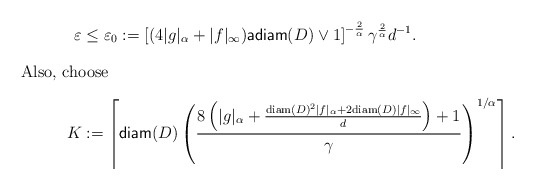
\begin{align*} \varepsilon&\leq \varepsilon_0:=\left[(4|g|_\alpha+|f|_{\infty}){\sf adiam}(D)\vee 1\right]^{-\frac{2}{\alpha}}\gamma^{\frac{2}{\alpha}}d^{-1}. \\ \intertext{Also, choose} K &:= \left\lceil {\sf diam}(D)\left(\frac{8\left(|g|_\alpha+\frac{{\rm diam}(D)^2|f|_\alpha+2{\rm diam}(D)|f|_\infty}{d}\right)+1}{\gamma}\right)^{1/\alpha}\right\rceil. \end{align*}